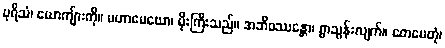
ပုရိသံ၊ ယောကျ်ားကို။ မဟာမေဃော၊ မိုးကြီးသည်။ အဘိဝဿန္တော၊ ရွာသွန်းလျက်။ တေမေတုံ၊